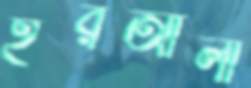
হরআলী